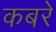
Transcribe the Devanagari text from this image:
कबरे